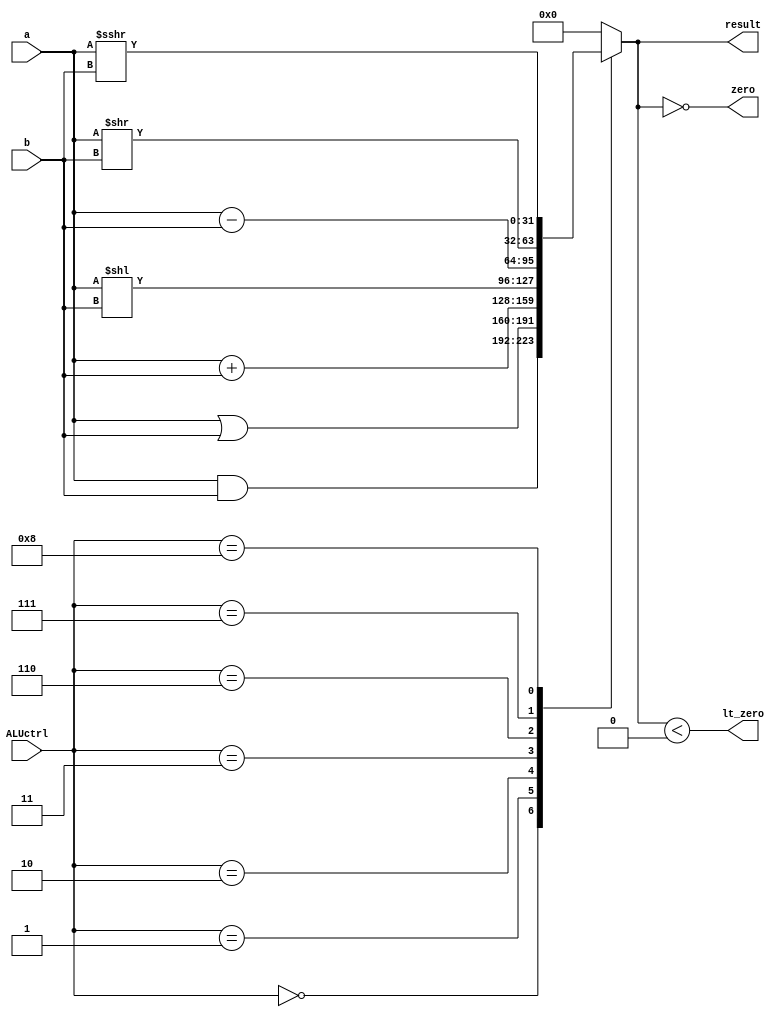
`timescale 1ns / 1ps
//////////////////////////////////////////////////////////////////////////////////
// Company: 
// Engineer: 
// 
// Design Name: 
// Module Name: ALU
// Project Name: 
// Target Devices: 
// Tool Versions: 
// Description: 
// 
// Dependencies: 
// 
// Revision:
// Revision 0.01 - File Created
// Additional Comments:
// 
//////////////////////////////////////////////////////////////////////////////////


module ALU(
    input signed [31:0] a,
    input signed [31:0] b,
    input [3:0] ALUctrl,
    output zero,
    output lt_zero,
    output reg signed [31:0] result

);
    always @(*) begin
        case (ALUctrl)
            4'b0000: result = a & b;
            4'b0001: result = a | b;
            4'b0010: result = a + b;
            4'b0011: result = a << b;
            4'b0110: result = a - b;
            4'b0111: result = a >> b;
            4'b1000: result = a >>> b;
            default: result = 32'b0;
        endcase

    end
    assign zero = (result == 0);
    assign lt_zero = (result < 0);
endmodule